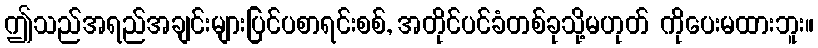
ဤသည်အရည်အချင်းများပြင်ပစာရင်းစစ်, အတိုင်ပင်ခံတစ်ခုသို့မဟုတ် ကိုပေးမထားဘူး။